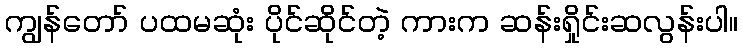
ကျွန်တော် ပထမဆုံး ပိုင်ဆိုင်တဲ့ ကားက ဆန်းရှိုင်းဆလွန်းပါ။